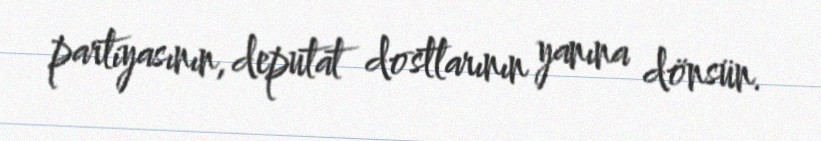
partiyasının, deputat dostlarının yanına dönsün.